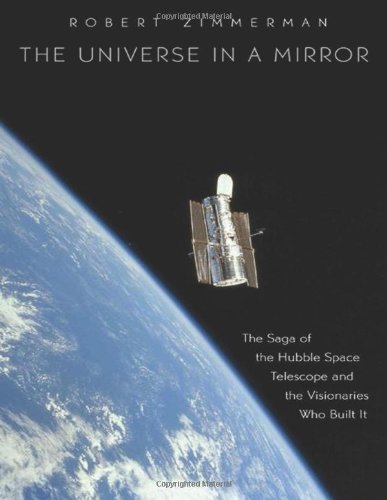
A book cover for The Universe in a Mirror: The Saga of the Hubble Space Telescope and the Visionaries Who Built It; Robert Zimmerman; Science & Math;